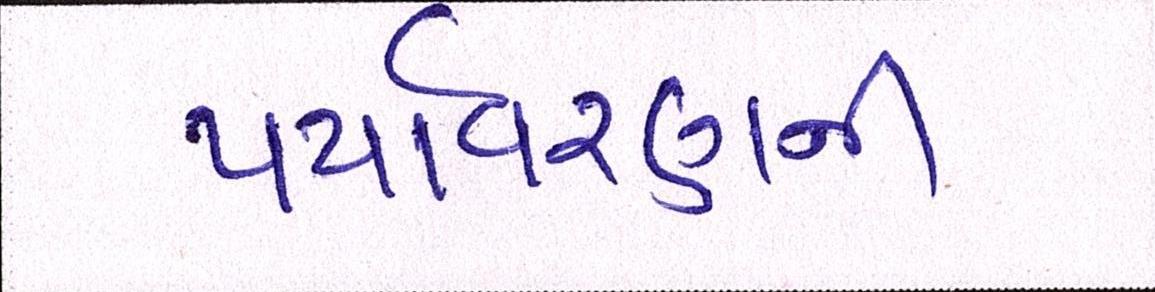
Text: પર્યાવરણની